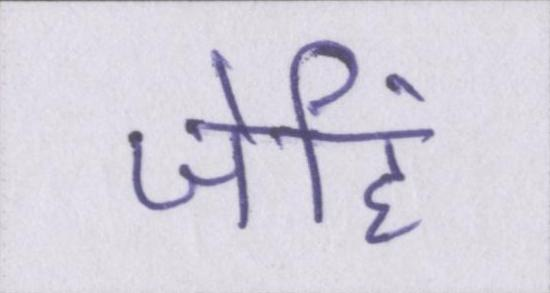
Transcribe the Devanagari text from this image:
जेहिं